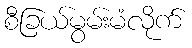
စီခြယ်မွမ်းမံလိုက်